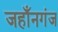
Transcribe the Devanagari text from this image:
जहाँनगंज